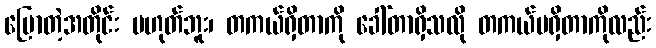
ပြောတဲ့အတိုင်း မဟုတ်ဘူး၊ တကယ်ရှိတာကို ခေါ်တာရှိသလို တကယ်မရှိတာကိုလည်း